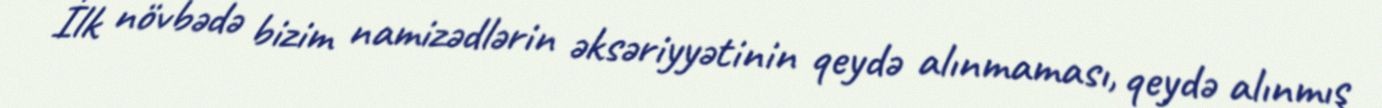
İlk növbədə bizim namizədlərin əksəriyyətinin qeydə alınmaması, qeydə alınmış